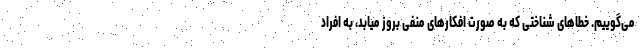
می‌گوییم. خطاهای شناختی که به صورت افکارهای منفی بروز میابد، به افراد